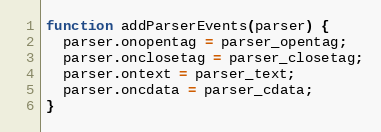
Language: JavaScript
function addParserEvents(parser) {
  parser.onopentag = parser_opentag;
  parser.onclosetag = parser_closetag;
  parser.ontext = parser_text;
  parser.oncdata = parser_cdata;
}